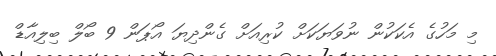
މި މަހުގެ އެކަކުން ނުވަޔަކަށް ކުރިއަށް ގެންދިޔަ އޯޕަން 9 ބޯލް ބިލިއާޑް